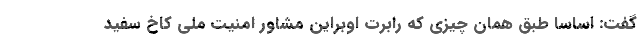
گفت: اساسا طبق همان چیزی که رابرت اوبراین مشاور امنیت ملی کاخ سفید